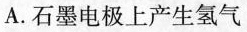
A. 石墨电极上产生氢气